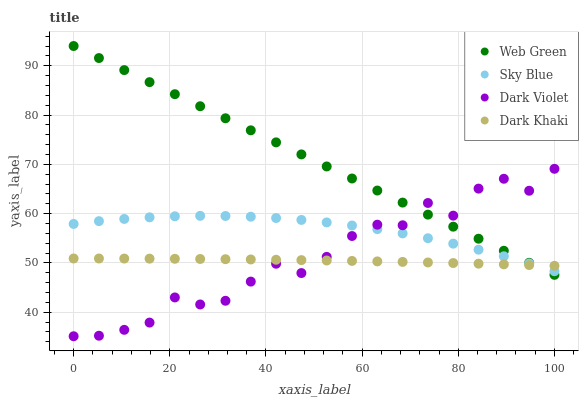
| xaxis_label | Web Green | Sky Blue | Dark Violet | Dark Khaki |
 | --- | --- | --- | --- | --- |
 | 0 | 94 | 57.9 | 35.1 | 50.9 |
 | 5.26 | 91.6 | 58.5 | 35.2 | 50.9 |
 | 10.5 | 89.1 | 58.9 | 36.4 | 50.9 |
 | 15.8 | 86.7 | 59.3 | 37.9 | 50.9 |
 | 21.1 | 84.2 | 59.5 | 43 | 50.8 |
 | 26.3 | 81.8 | 59.6 | 41.6 | 50.8 |
 | 31.6 | 79.3 | 59.5 | 42.3 | 50.8 |
 | 36.8 | 76.9 | 59.4 | 46.2 | 50.7 |
 | 42.1 | 74.5 | 59.1 | 49.8 | 50.6 |
 | 47.4 | 72 | 58.7 | 48 | 50.6 |
 | 52.6 | 69.6 | 58.2 | 51.2 | 50.5 |
 | 57.9 | 67.1 | 57.6 | 55.5 | 50.4 |
 | 63.2 | 64.7 | 56.9 | 57.8 | 50.3 |
 | 68.4 | 62.2 | 56 | 57.6 | 50.2 |
 | 73.7 | 59.8 | 55 | 62.2 | 50.1 |
 | 78.9 | 57.4 | 53.9 | 59.6 | 50 |
 | 84.2 | 54.9 | 52.7 | 65.1 | 49.9 |
 | 89.5 | 52.5 | 51.4 | 67.1 | 49.7 |
 | 94.7 | 50 | 49.9 | 64.6 | 49.6 |
 | 100 | 47.6 | 48.3 | 69.1 | 49.4 |